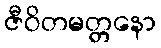
ဇီဝိတမတ္တနော